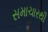
સમાચારથી